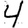
Digit: 4